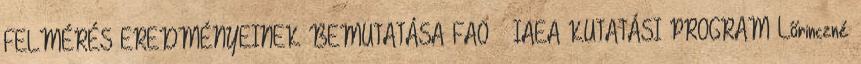
FELMÉRÉS EREDMÉNYEINEK BEMUTATÁSA FAO IAEA KUTATÁSI PROGRAM Lőrinczné